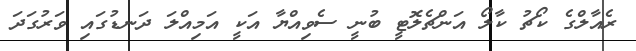
ރެއާލްގެ ކޯޗު ކާލޯ އަންޗެލޮޓީ ބުނީ ސެވިއްޔާ އަކީ އަމިއްލަ ދަނޑުގައި ވަރުގަދަ